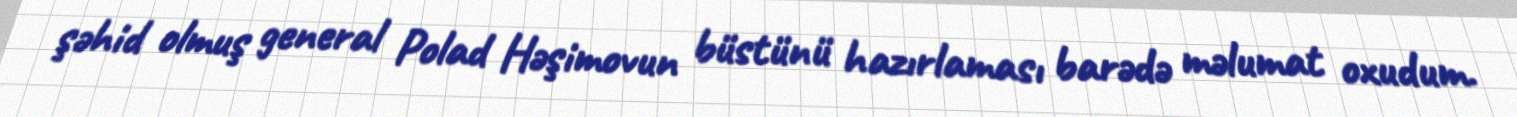
şəhid olmuş general Polad Həşimovun büstünü hazırlaması barədə məlumat oxudum.